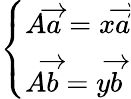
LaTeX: \left\{ \begin{array}{ll}{A{\overrightarrow{a}}=x{\overrightarrow{a}}}\\ {A{\overrightarrow{b}}=y{\overrightarrow{b}}}\end{array}\right.